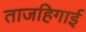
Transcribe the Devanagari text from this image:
ताजहिगाई